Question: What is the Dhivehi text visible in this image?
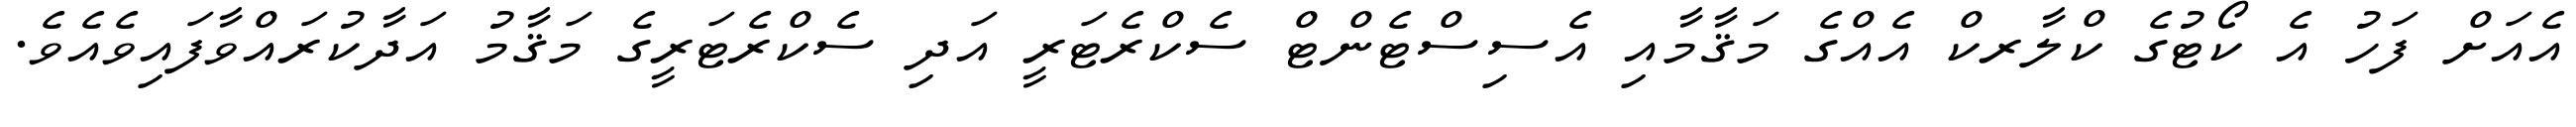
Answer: އެއަށް ފަހު އެ ކޯޓުގެ ކްލާރކް އެއްގެ މަޤާމާއި އެސިސްޓެންޓް ސެކްރެޓަރީ އަދި ސެކްރެޓަރީގެ މަޤާމު އަދާކުރައްވާފައިވެއެވެ.